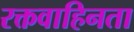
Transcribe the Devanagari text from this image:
रक्तवाहिनता